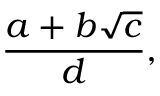
{ \frac { a + b { \sqrt { c } } } { d } } ,